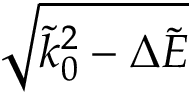
\sqrt { \tilde { k } _ { 0 } ^ { 2 } - \Delta \tilde { E } }